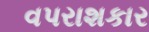
વપરાશકાર